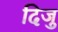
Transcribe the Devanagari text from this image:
दिजु